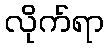
လိုက်ရာ